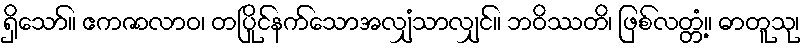
ရှိသော်။ ဧကဇာလာဝ၊ တပြိုင်နက်သောအလျှံသာလျှင်။ ဘဝိဿတိ၊ ဖြစ်လတ္တံ့။ ဓာတူသု၊